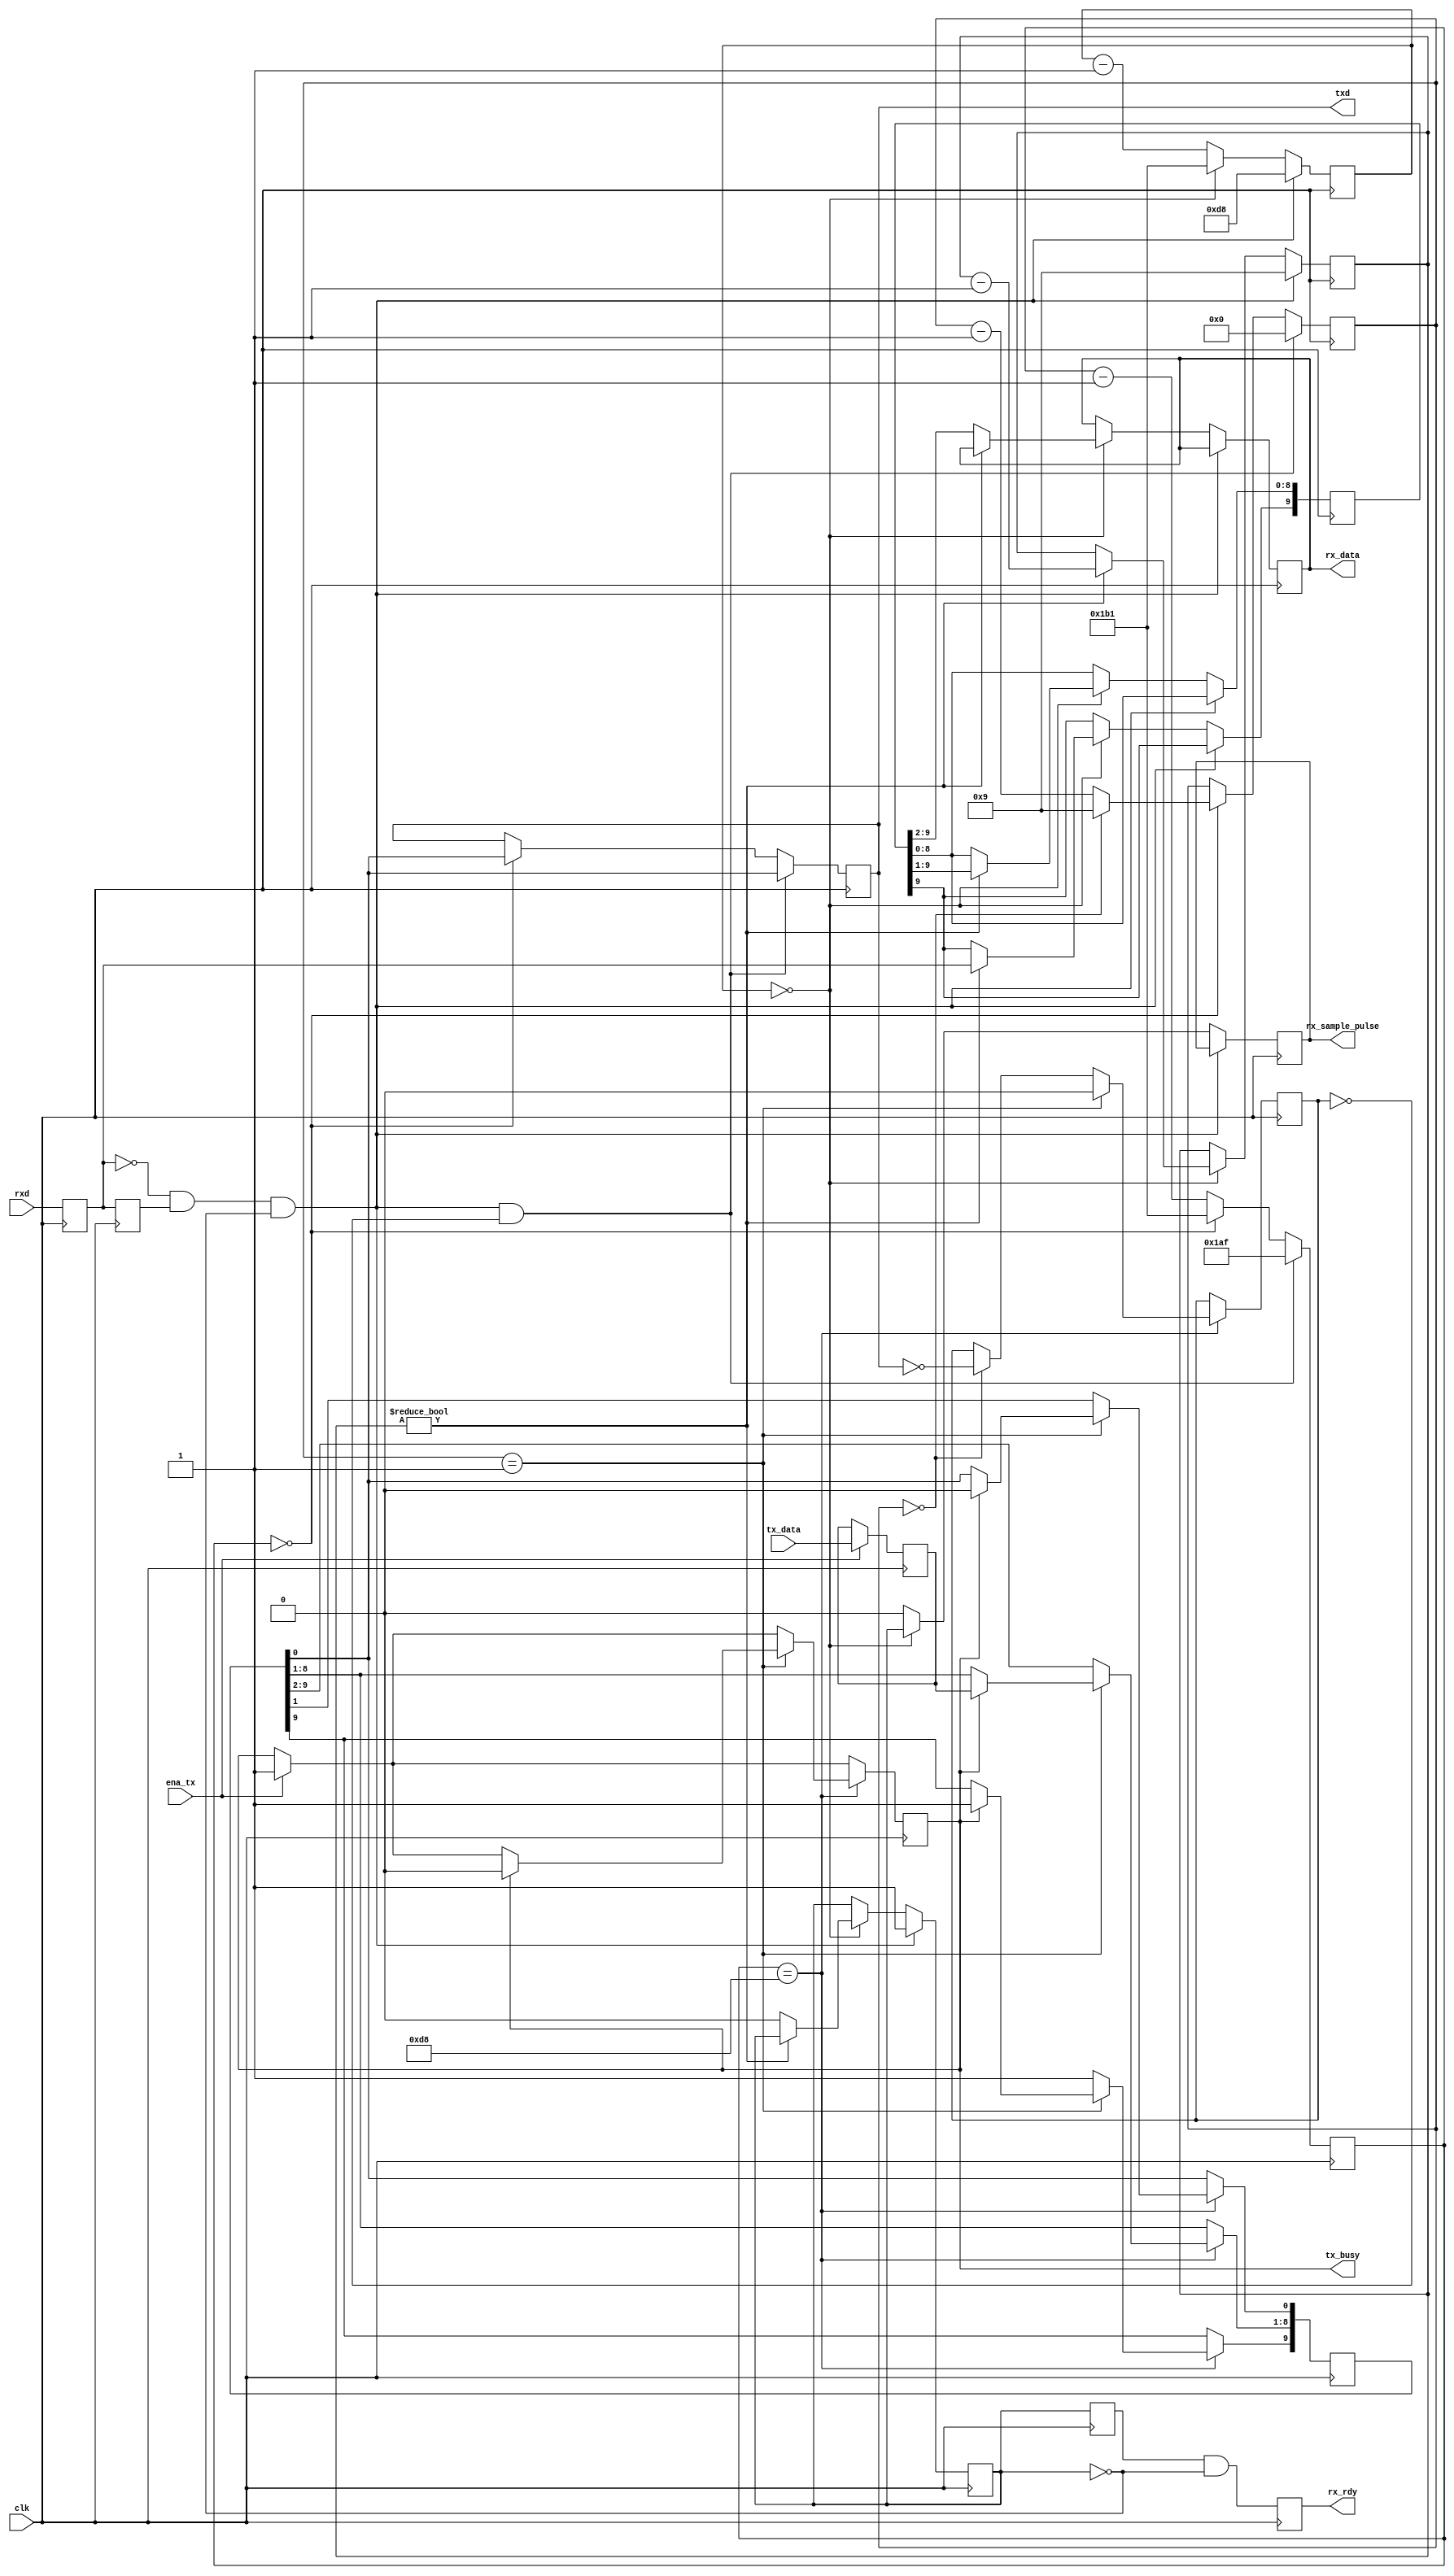
// *****************************************************************
// *** SYNC_RS232_UART.v V1.0, November 22, 2019
// *** New Ver 1.2, April 12, 2021 - Moved parameters to be compatible with ModelSim.
// ***
// *** This transceiver follows slight baud timing errors introduced
// *** by the external host interface's clock making the TDX output
// *** clock timing synchronize to the RXD coming in allowing
// *** high speed synchronous communications.  A requirement
// *** for PC RS232 full duplex synchronous communications.
// ***
// *** Written by Brian Guralnick.
// *** Using generic Verilog code which only uses synchronous logic.
// *** Well commented for educational purposes.
// *****************************************************************

module sync_rs232_uart #(
// Setup parameters
parameter SYSCLK_MHZ   = 50,         // Set to system input clock frequency
parameter BAUD_RATE    = 115200      // Set to desired baud rate
)( 
	input  wire       clk,            // System clock
	input  wire       rxd,            // RS232 serial input data pin
	output reg        rx_rdy,         // Pulsed high for 1 system clock when the received 8 bit data byte is ready
	output reg  [7:0] rx_data,        // Received 8 bit data byte.
	
	input  wire       ena_tx,         // Signals the transmitter to latch the 8 bit data and begin transmitting
	input  wire [7:0] tx_data,        // 8 bit data byte input to be transmitted
	output reg        txd,            // RS232 serial output data pin
	output reg        tx_busy,        // High when transmitter is busy.  Low when you may load a byte to transmit
	
	output reg        rx_sample_pulse // For debugging RXD errors only.  This is an output test pulse
	                                  // aligned to when the receiver has sampled the RXD input.
  ) ;

  localparam CLK_IN_HZ = SYSCLK_MHZ * 1000000;

localparam RX_PERIOD    = (CLK_IN_HZ / BAUD_RATE) -1 ; // Set's a reference counter size for each transmitted/received serial data bit
localparam TX_PERIOD    = (CLK_IN_HZ / BAUD_RATE) -1 ;

// Receiver regs
reg     [15:0]     rx_period ;
reg     [3:0]      rx_position ;
reg     [9:0]      rx_byte ;
reg                rxd_reg, last_rxd ;
reg		   rx_busy, rx_last_busy ;

// Transmitter regs
reg     [15:0]     tx_period   = 16'h0 ;
reg     [3:0]      tx_position = 4'h0 ;
reg     [9:0]      tx_byte     = 10'b1111111111 ;
reg     [7:0]      tx_data_reg = 8'b11111111 ;
reg                tx_run      = 1'b0 ;



//********************************************************************************************
// make the rx_trigger 'WIRE' equal to any new RXD input High to Low transition (IE start bit)
// when the receiver is not busy receiving a byte
//********************************************************************************************
wire    rx_trigger ;
assign  rx_trigger = ( ~rxd_reg && last_rxd && ~rx_busy );


always @ (posedge clk) begin
//********************************
// Receiver functions.
//********************************

// register clock the UART RDX input signal.
// This is a personal preference as I prefer FPGA inputs which don't directly feed combinational logic
rxd_reg      <= rxd;
last_rxd     <= rxd_reg;                  // create a 1 clock delay register of the rxd_reg serial bit

rx_last_busy <= rx_busy;                  // create a 1 clock delay of the rx_busy resister.
rx_rdy       <= rx_last_busy && ~rx_busy; // create the rx_rdy out pulse for 1 single clock when the rx_busy flag has gone low signifying that rx_data is ready


if ( rx_trigger )	begin                                        // if a 'rx_trigger' event has taken place
			rx_period      <= ( RX_PERIOD[15:0] >> 1 ) ; // set the period clock to half way inside a serial bit.  This makes the best time to sample incoming
			                                             // serial bits as the source baud rate may be slightly slow or fast maintaining a good data capture window all the way until the stop bit
			rx_busy        <= 1'd1 ;                     // set the rx_busy flag to signify operation of the UART serial receiver
			rx_position    <= 4'h9 ;                     // set the serial bit counter to position 9
	end else begin
	
	if ( rx_period==0 ) begin				     // if the receiver period counter has reached it's end
			rx_period	    <=  RX_PERIOD[15:0] ;    // reset the period counter
			rx_sample_pulse <=  rx_busy ;                // *** This is only a test pulse for debugging purposes
		
				if ( rx_position != 0 ) begin                  // if the receiver's bit position counter hasn't reached it's end
					rx_position   <= rx_position - 1'd1 ;  // decrement the position counter
					rx_byte[9]    <= rxd_reg ;             // load the receiver's serial shift regitser with the RXD input pin
					rx_byte[8:0]  <= rx_byte[9:1] ;        // shift the input serial shift register.

				end else begin                         // if the receiver's bit position counter reached 0
					rx_data       <= rx_byte[9:2]; // load the output data register with the correct 8 bit contents of the serial input register
					rx_busy       <= 1'b0;         // turn off the serial receiver busy flag
				end

			end else begin                                 // if the receiver period counter has not reached it's end
					rx_period <= rx_period - 1'b1; // just decrement the receiver period counter
					rx_sample_pulse <=  1'b0 ;     // *** This is only a test pulse for debugging purposes
					end
end // ~rx_trigger



//***********************************************************
// SYNCHRONOUS! Transmitter functions
//              This was the most puzzling to get just right
//              So that both high and low speed intermittent
//              and continuous COM transactions would never
//              cause a byte error when communicating with
//              a PC as fast as possible.
//***********************************************************

		if (ena_tx) begin                    // If a transmit request comes in
			tx_data_reg    <= tx_data ;  // register a copy of the input data bus
			tx_busy        <= 1 ;        // Set the busy flag
		end


// ***********************************************************************************************************************
// This section prepares the data, controls and shift register during the middle of the previous transmission bit.
// ***********************************************************************************************************************

if ( tx_period == (TX_PERIOD[15:0] >> 1) ) begin    // ******* at the center of a serial transmitter bit ********

		if ( tx_position==1 ) begin      // during the transmission of a stop bit
				tx_run  <= 0 ;   // turn off the transmitter running flag.  This point is the beginning of when
				                 // a synchronous transmit word alignment to an incomming RXD rx_trigger is permitted

				if (tx_busy) begin                         // before the next start bit, if the busy flag was set,
					tx_byte[8:1] <= tx_data_reg[7:0] ; // load the register copy of the tx_data_reg into the serial shift register
					tx_byte[9]   <= 1'b1 ;             // Add a stop bit into the shift register's 10th bit
					tx_byte[0]   <= 1'b0 ;             // Add a start bit into the serial shift register's first bit
					tx_busy      <= 1'b0 ;             // Turn off the busy flag signifying that another transmit byte may be loaded
					end				   // into the tx_data_reg

			end else begin

				tx_byte[8:0] <= tx_byte[9:1] ;   // at any other point than the stop-bit period, shift the serial tx_byte shift register
				tx_byte[9]   <= 1'b1 ;           // load a default stop bit into bit 10 of the serial shift register

				if ( tx_position == 0 ) tx_run  <= ~txd ;  // during the 'center of a serial 'START' transmitter bit'
						                           // if the serial UART TXD output pin has a start bit, turn on the transmitter running flag
						                           // which signifies the point where it is no longer permit-able to align a transmit word
						                           // to an incoming RXD byte potentially corrupting a serial transmission.
			end
end


// ***********************************************************************************************************************
// This section takes the above prepared registers and sends them out during the transition edge of the tx_period clock
// and during inactivity, or during the permitted alignment window, it will re-align the transmission period clock to
// a potential incoming rx_trigger event.
// ***********************************************************************************************************************

// if a RXD start bit transition edge is detected and the transmitter is not running,
// IE during the safe synchronous transmit word alignment period
// set halfway between the center of transmitting the stop bit and next start bit 

if (  rx_trigger && ~tx_run ) begin			

		tx_period      <= TX_PERIOD[15:0] - 2'h2 ;    // reset "SYNCHRONIZE" the transmit period timer to the rx_trigger event, recognizing that the rx_trigger is
							      // delayed by 2 clocks, so we shave off 2 additional clock cycles for dead perfect parallel TXD output alignment.

		tx_position    <= 1'b0 ;                      // force set the transmit reference position to the start bit
		txd            <= tx_byte[0] ;                // immediately set the UART TXD output to the serial out shift register's start bit.  IE see above if(tx_busy)

	end else if ( tx_period==0  )begin                    // if the transmitter period counter has reached it's end

		tx_period      <= TX_PERIOD[15:0]  ;          // reset the period counter
		txd            <= tx_byte[0] ;                // set the UART TXD output to the serial shift register's output.

		if ( tx_position == 0 ) tx_position <= 4'h9 ; // if the transmitter reference bit position counter is at the start bit, set it to bit 1.
		else tx_position  <= tx_position - 1'b1 ;     // otherwise, count down the position counter towards the stop bit

	end else tx_period <= tx_period - 1'b1 ;              // if the transmit period has not reached it's end, it should count down.

end // always

endmodule